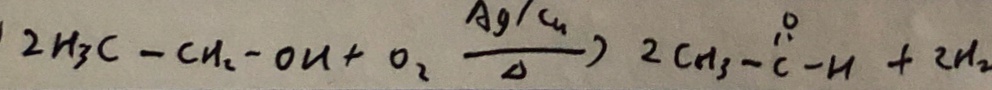
2 H _ { 3 } C - C H _ { 2 } - O H + O _ { 2 } \xrightarrow [ \Delta ] A g / C u 2 C H _ { 3 } - C - H + 2 H _ { 2 }